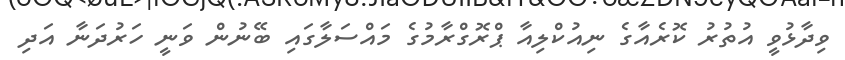
ވިދާޅުވީ އުތުރު ކޮރެއާގެ ނިއުކްލިއާ ޕްރޮގްރާމުގެ މައްސަލާގައި ބޭނުން ވަނީ ހަރުދަނާ އަދި